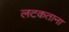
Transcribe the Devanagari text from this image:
लटकताना